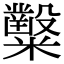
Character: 𥽦